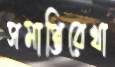
সমাপ্তিরেখা